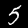
Digit: 5